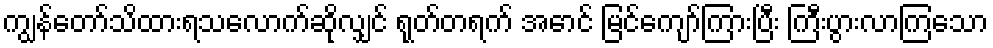
ကျွန်တော်သိထားရသလောက်ဆိုလျှင် ရုတ်တရက် အောင် မြင်ကျော်ကြားပြီး ကြီးပွားလာကြသော